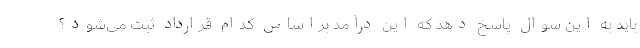
باید به این سوال پاسخ دهد که این درآمد براساس کدام قرارداد ثبت می‌شود؟